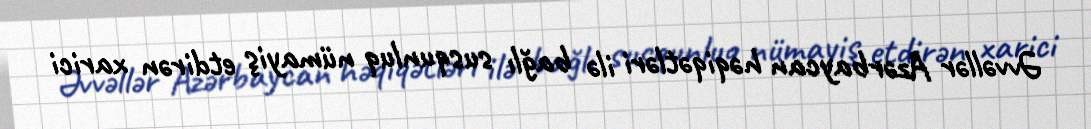
Əvvəllər Azərbaycan həqiqətləri ilə bağlı susqunluq nümayiş etdirən xarici